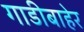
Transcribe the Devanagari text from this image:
गाडीबाहेर